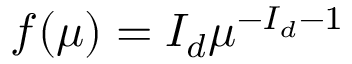
f ( \mu ) = I _ { d } \mu ^ { - I _ { d } - 1 }